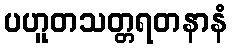
ပဟူတသတ္တရတနာနံ